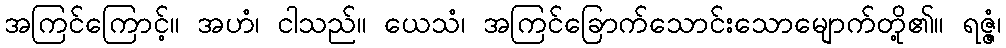
အကြင်ကြောင့်။ အဟံ၊ ငါသည်။ ယေသံ၊ အကြင်ခြောက်သောင်းသောမျောက်တို့၏။ ရဇ္ဇံ၊